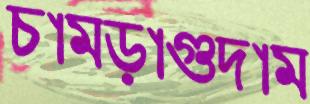
চামড়াগুদাম